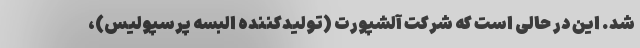
شد. این در حالی است که شرکت آلشپورت (تولیدکننده البسه پرسپولیس)،